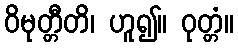
ဝိမုတ္တီတိ၊ ဟူ၍။ ဝုတ္တံ။